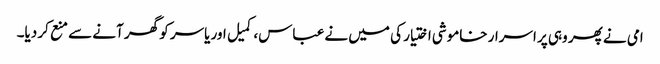
امی نے پھر وہی پر اسرار خاموشی اختیار کی میں نے عباس، کمیل اور یاسر کو گھر آنے سے منع کر دیا۔